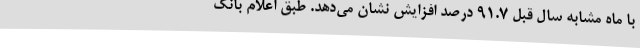
با ماه مشابه سال قبل ۹۱.۷ درصد افزایش نشان می‌دهد. طبق اعلام بانک